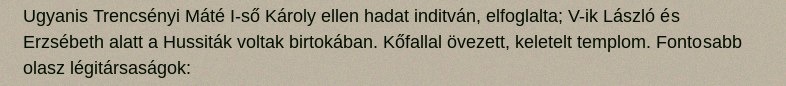
Ugyanis Trencsényi Máté I-ső Károly ellen hadat inditván, elfoglalta; V-ik László és Erzsébeth alatt a Hussiták voltak birtokában. Kőfallal övezett, keletelt templom. Fontosabb olasz légitársaságok: